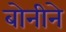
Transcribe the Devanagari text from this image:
बोनीने